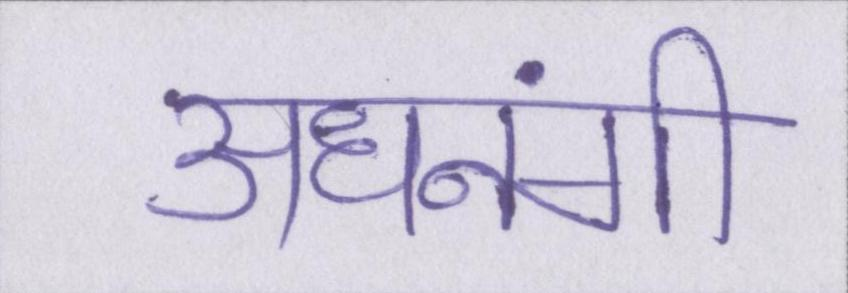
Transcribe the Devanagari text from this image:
अधनंगी